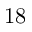
1 8